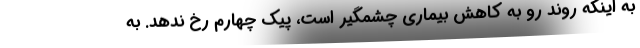
به اینکه روند رو به کاهش بیماری چشمگیر است، پیک چهارم رخ ندهد. به